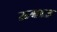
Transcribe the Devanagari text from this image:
ऊबाउ